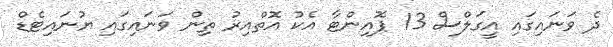
ދެ ވަނައިގައި އީގަލްސް 13 ޕޮއިންޓާ އެކު އޮތްއިރު ތިން ވަނައިގައި ޔުނައިޓެޑް